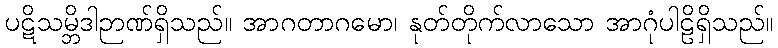
ပဋိသမ္ဘိဒါဉာဏ်ရှိသည်။ အာဂတာဂမော၊ နုတ်တိုက်လာသော အာဂုံပါဠိရှိသည်။